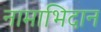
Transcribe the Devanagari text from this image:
नामाभिदान